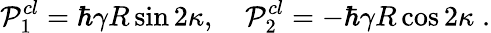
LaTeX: {\cal P}_{1}^{cl}=\hbar\gamma R\sin 2\kappa,\quad{\cal P}_{2}^{cl}=-\hbar\gamma R\cos 2\kappa\; .